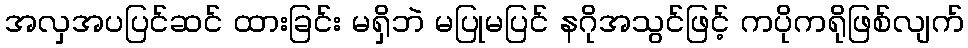
အလှအပပြင်ဆင် ထားခြင်း မရှိဘဲ မပြုမပြင် နဂိုအသွင်ဖြင့် ကပိုကရိုဖြစ်လျက်